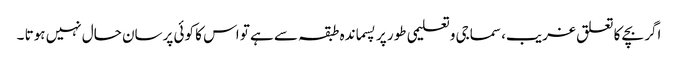
اگر بچے کا تعلق غریب، سماجی وتعلیمی طور پر پسماندہ طبقہ سے ہے تو اس کا کوئی پرسان حال نہیں ہوتا ۔